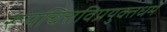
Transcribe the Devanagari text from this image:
रूपचित्तविप्रयुक्तधर्म